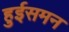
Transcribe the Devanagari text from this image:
हुईसमन